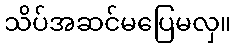
သိပ်အဆင်မပြေမလှ။